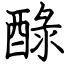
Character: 醁